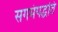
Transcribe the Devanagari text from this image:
सगमंपद्धति